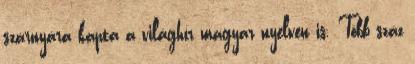
szárnyára kapta a világhír magyar nyelven is. Több száz